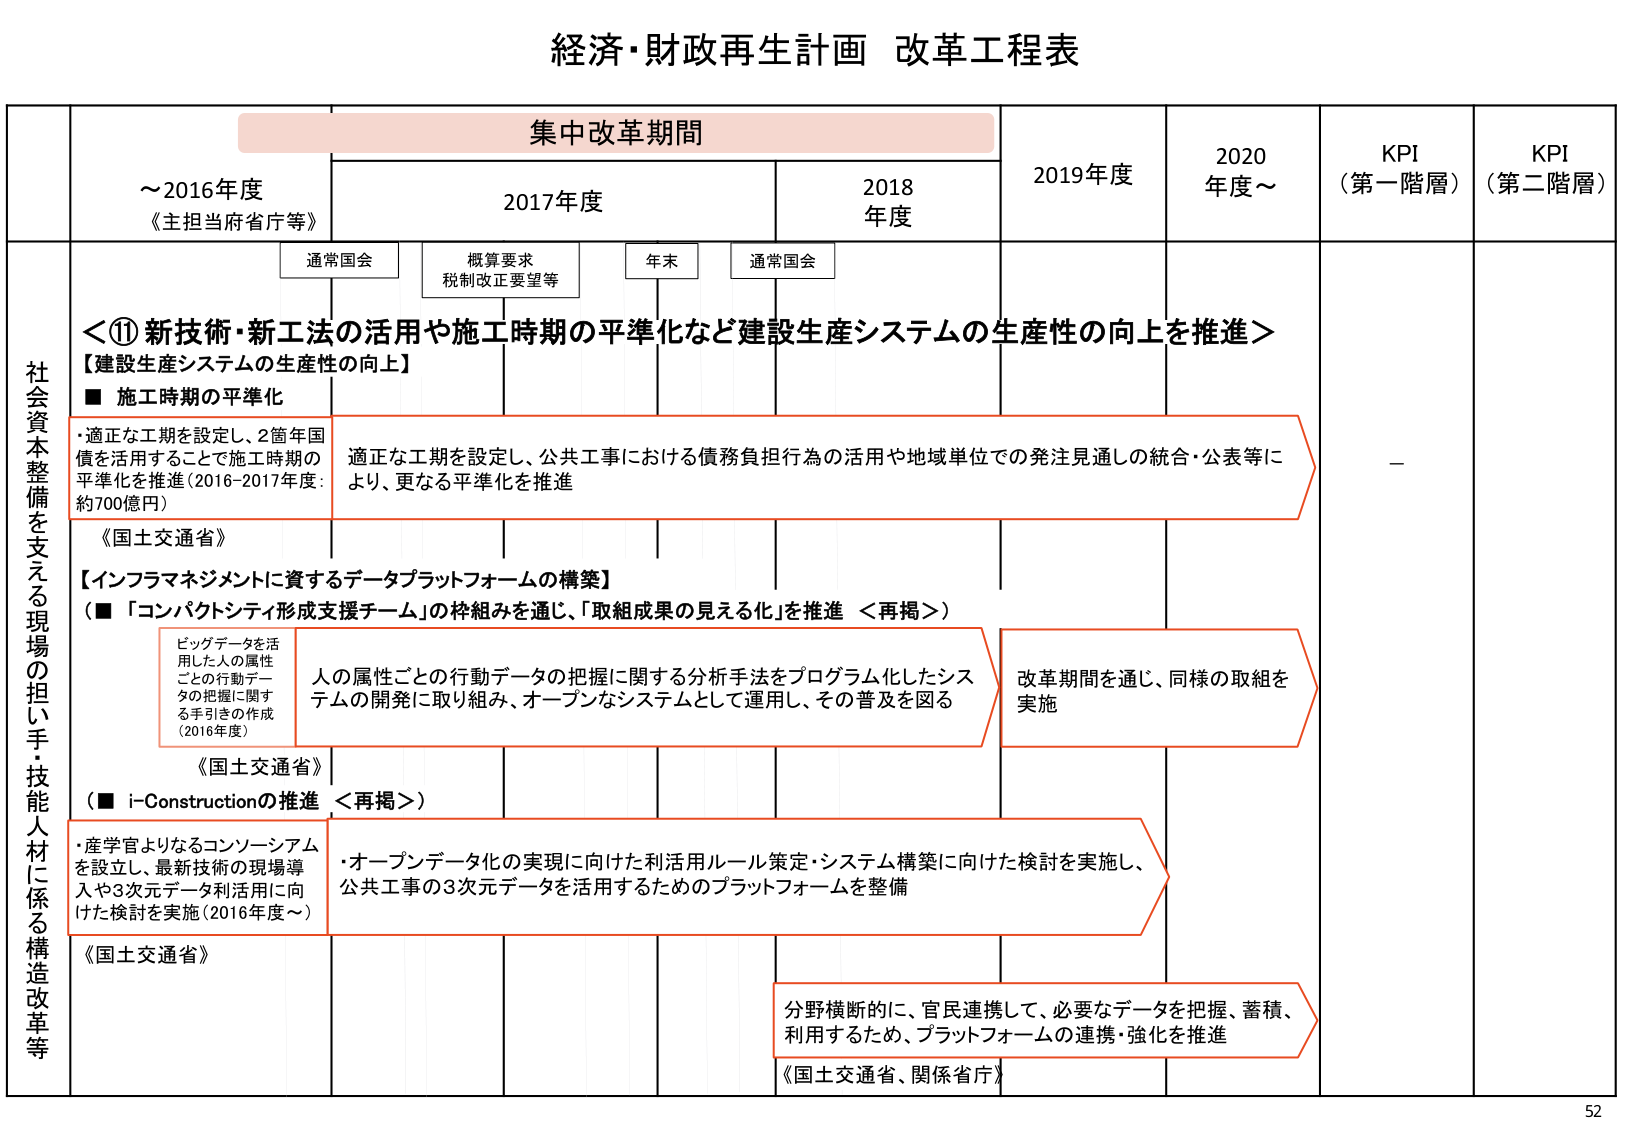
経済・財政再生計画 改革工程表

集中改革期間

～2016年度
《主担当府省庁等》

2017年度

2018年度

2019年度

2020年度～

KPI（第一階層）

KPI（第二階層）

通常国会

概算要求
税制改正要望等

年末

通常国会

社会資本整備を支える現場の担い手・技能人材に係る構造改革等

＜⑪ 新技術・新工法の活用や施工時期の平準化など建設生産システムの生産性の向上を推進＞

【建設生産システムの生産性の向上】

■ 施工時期の平準化

・適正な工期を設定し、2箇年国債を活用することで施工時期の平準化を推進（2016-2017年度：約700億円）

《国土交通省》

適正な工期を設定し、公共工事における債務負担行為の活用や地域単位での発注見通しの統合・公表等により、更なる平準化を推進

【インフラマネジメントに資するデータプラットフォームの構築】

（■ 「コンパクトシティ形成支援チーム」の枠組みを通じ、「取組成果の見える化」を推進 ＜再掲＞）

ビッグデータを活用した人の属性ごとの行動データの把握に関する手引きの作成（2016年度）

人の属性ごとの行動データの把握に関する分析手法をプログラム化したシステムの開発に取り組み、オープンなシステムとして運用し、その普及を図る

改革期間を通じ、同様の取組を実施

《国土交通省》

（■ i-Constructionの推進 ＜再掲＞）

・産学官よりなるコンソーシアムを設立し、最新技術の現場導入や3次元データ利活用に向けた検討を実施（2016年度～）

・オープンデータ化の実現に向けた利活用ルール策定・システム構築に向けた検討を実施し、公共工事の3次元データを活用するためのプラットフォームを整備

分野横断的に、官民連携して、必要なデータを把握、蓄積、利用するため、プラットフォームの連携・強化を推進

《国土交通省、関係省庁》

－

52